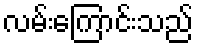
လမ်းကြောင်းသည်